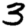
Digit: 3